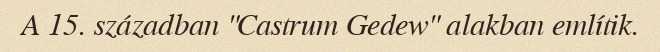
A 15. században "Castrum Gedew" alakban említik.